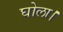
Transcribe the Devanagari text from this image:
घोला।